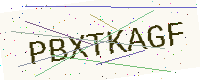
Text: PBXTKAGF